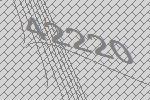
42220